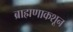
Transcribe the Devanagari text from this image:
ब्राह्मणाकशून